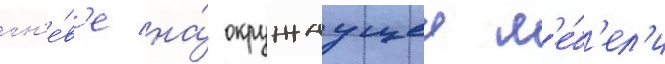
гн'е́в'е на́ окружаущеи м'е́б'ел'и